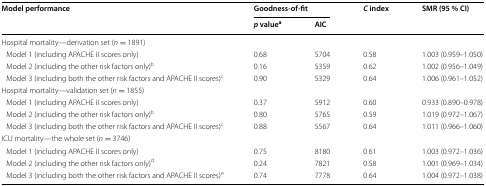
<table><thead><tr><td rowspan="2"><b>Model performance</b></td><td colspan="2"><b>Goodness-of-fit</b></td><td rowspan="2"><b><i>C</i> index</b></td><td rowspan="2"><b>SMR (95 % CI)</b></td></tr><tr><td><b><i>p</i> value<sup>a</sup></b></td><td><b>AIC</b></td></tr></thead><tbody><tr><td colspan="5">Hospital mortality—derivation set (<i>n</i> = 1891)</td></tr><tr><td> Model 1 (including APACHE II scores only)</td><td>0.68</td><td>5704</td><td>0.58</td><td>1.003 (0.959–1.050)</td></tr><tr><td> Model 2 (including the other risk factors only)<sup>b</sup></td><td>0.16</td><td>5359</td><td>0.62</td><td>1.002 (0.956–1.049)</td></tr><tr><td> Model 3 (including both the other risk factors and APACHE II scores)<sup>c</sup></td><td>0.90</td><td>5329</td><td>0.64</td><td>1.006 (0.961–1.052)</td></tr><tr><td colspan="5">Hospital mortality—validation set (<i>n</i> = 1855)</td></tr><tr><td> Model 1 (including APACHE II scores only)</td><td>0.37</td><td>5912</td><td>0.60</td><td>0.933 (0.890–0.978)</td></tr><tr><td> Model 2 (including the other risk factors only)<sup>b</sup></td><td>0.80</td><td>5765</td><td>0.59</td><td>1.019 (0.972–1.067)</td></tr><tr><td> Model 3 (including both the other risk factors and APACHE II scores)<sup>c</sup></td><td>0.88</td><td>5567</td><td>0.64</td><td>1.011 (0.966–1.060)</td></tr><tr><td colspan="5">ICU mortality—the whole set (<i>n</i> = 3746)</td></tr><tr><td> Model 1 (including APACHE II scores only)</td><td>0.75</td><td>8180</td><td>0.61</td><td>1.003 (0.972–1.036)</td></tr><tr><td> Model 2 (including the other risk factors only)<sup>d</sup></td><td>0.24</td><td>7821</td><td>0.58</td><td>1.001 (0.969–1.034)</td></tr><tr><td> Model 3 (including both the other risk factors and APACHE II scores)<sup>e</sup></td><td>0.74</td><td>7778</td><td>0.64</td><td>1.004 (0.972–1.038)</td></tr></tbody></table>